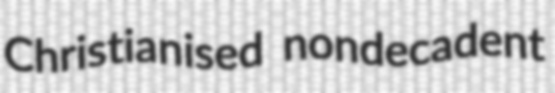
Christianised nondecadent